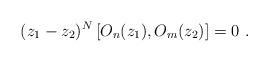
LaTeX: \begin{align*}(z_1 - z_2)^N \left[ O_n(z_1), O_m(z_2) \right] = 0 \ .\end{align*}